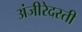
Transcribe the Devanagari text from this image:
अंजीरेदस्ती